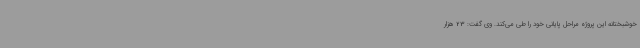
خوشبختانه این پروژه مراحل پایانی خود را طی می‌کند. وی گفت: 23 هزار